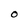
Character: O